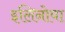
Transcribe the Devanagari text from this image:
इलिनोवा